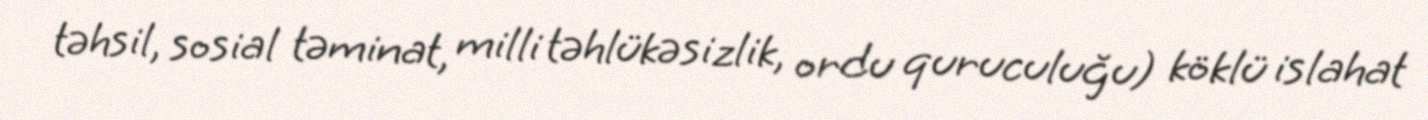
təhsil, sosial təminat, milli təhlükəsizlik, ordu quruculuğu) köklü islahat